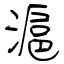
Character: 滬